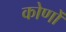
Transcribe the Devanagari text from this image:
कोणोँ